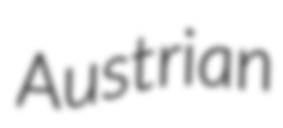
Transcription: Austrian